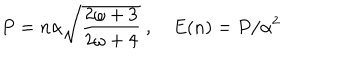
P = n \alpha \sqrt { \frac { 2 \omega + 3 } { 2 \omega + 4 } } \ , E ( n ) = P / \alpha ^ { 2 }